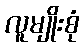
လူမျိုးစုံ